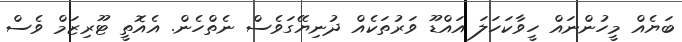
ބަޔެއް މީހުންނައް ހީވާކަހަލަ އައްޑޫ ވަރުތަކެއް ދުނިޔޭގަވެސް ނެތްހެން. އެއޮތީ ޓޫރިޒަމް ވެސް